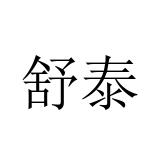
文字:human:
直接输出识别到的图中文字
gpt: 舒泰